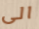
الى